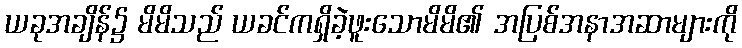
ယခုအချိန်၌ မိမိသည် ယခင်ကရှိခဲ့ဖူးသောမိမိ၏ အပြစ်အနာအဆာများကို